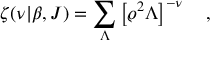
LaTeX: \zeta ( \nu | \beta , J ) = \sum _ { \Lambda } \left[ \varrho ^ { 2 } \Lambda \right] ^ { - \nu } ~ ~ ~ ,